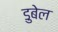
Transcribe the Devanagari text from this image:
डुबेल